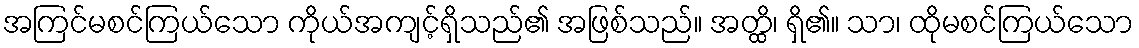
အကြင်မစင်ကြယ်သော ကိုယ်အကျင့်ရှိသည်၏ အဖြစ်သည်။ အတ္ထိ၊ ရှိ၏။ သာ၊ ထိုမစင်ကြယ်သော